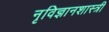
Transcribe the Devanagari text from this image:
नृविज्ञानशास्त्री